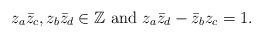
LaTeX: \begin{align*} z_a \bar{z}_c, z_b \bar{z}_d \in \mathbb{Z} \mbox{ and } z_a\bar{z}_d - \bar{z}_bz_c = 1. \end{align*}